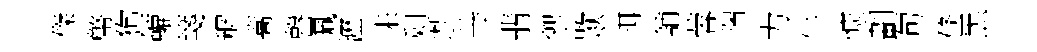
傑幣狗轆箋穉篙罄珮瀝耒剩過䓁翡禦歎珥舖蓉瑞力午慷劃句倐炁